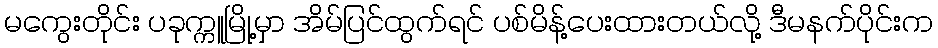
မကွေးတိုင်း ပခုက္ကူမြို့မှာ အိမ်ပြင်ထွက်ရင် ပစ်မိန့်ပေးထားတယ်လို့ ဒီမနက်ပိုင်းက